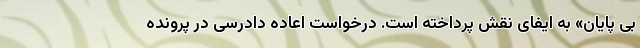
بی پایان» به ایفای نقش پرداخته است. درخواست اعاده دادرسی در پرونده